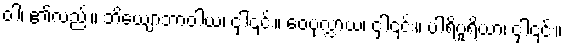
ဝါ၊ ၏လည်း။ ဘိယျောဘာဝါယ၊ ငှါ၎င်း။ ဝေပုလ္လာယ၊ ငှါ၎င်း။ ပါရိပူရိယာ၊ ငှါ၎င်း။